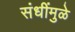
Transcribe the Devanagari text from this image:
संधींमुळे